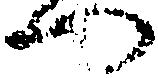
つ